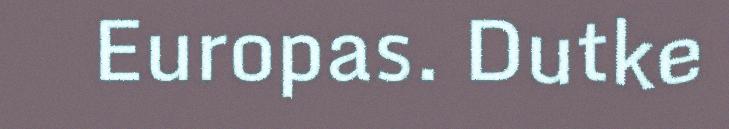
Europas. Dutke